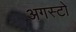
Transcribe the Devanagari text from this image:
अगस्टो